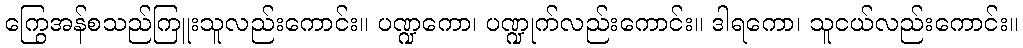
ကြွေအန်စသည်ကြူးသူလည်းကောင်း။ ပဏ္ဍကော၊ ပဏ္ဍုက်လည်းကောင်း။ ဒါရကော၊ သူငယ်လည်းကောင်း။